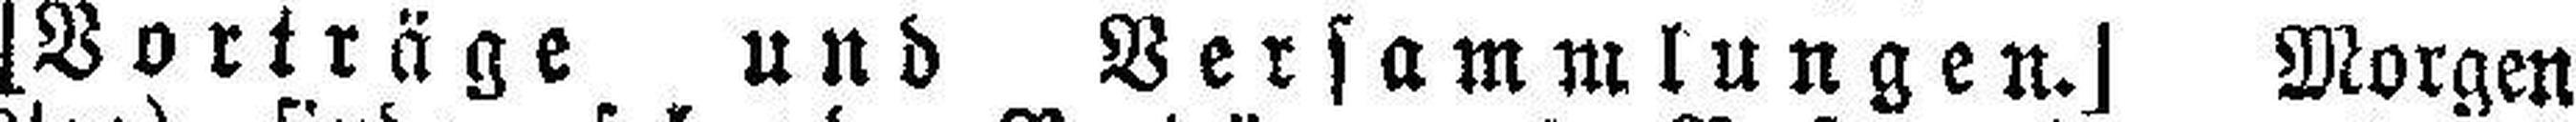
[Vorträge und Versammlungen.] Morgen